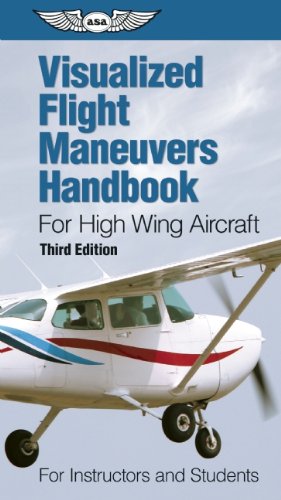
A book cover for Visualized Flight Maneuvers Handbook for High Wing Aircraft: For Instructors and Students (Visualized Flight Maneuvers Handbooks); ASA Test Prep Board; Engineering & Transportation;